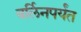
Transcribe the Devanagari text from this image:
बर्लिनपर्यंत